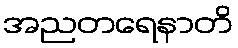
အညတရေနာတိ